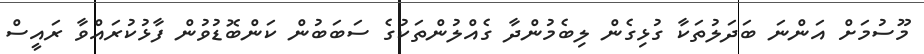
މޫސުމަށް އަންނަ ބަދަލުތަކާ ގުޅިގެން ލިބެމުންދާ ގެއްލުންތަކުގެ ސަބަބުން ކަންބޮޑުވުން ފާޅުކުރައްވާ ރައީސް